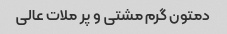
دمتون گرم مشتی و پر ملات عالی